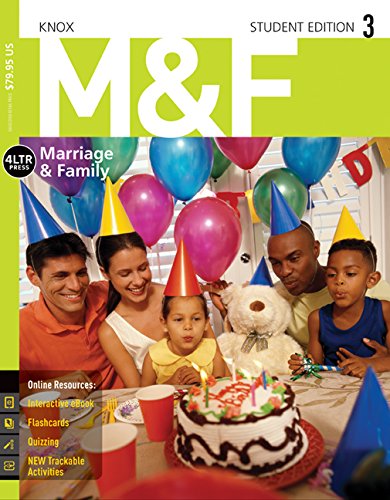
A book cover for M&F 3 (with CourseMate, 1 term (6 months) Printed Access Card) (Newest Edition) (New, Engaging Titles from 4LTR Press); David Knox; Business & Money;